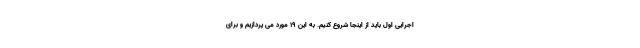
اجرایی اول باید از اینجا شروع کنیم. به این ۱۹ مورد می پردازیم و برای